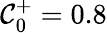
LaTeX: \mathcal{C}_{0}^{+}=0.8